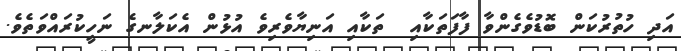
އަދި ހުތުރުކަން ބޮޑުވެގެންވާ ފާފަތަކާއި  ތަކާއި އަނިޔާވެރިވެ އުޅުން އެކަލާނގެ ނަހީކުރައްވަތެވެ.